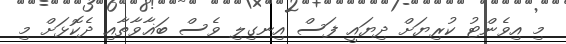
މި އިވެންޓު ކުރިޔަށް ދިޔައީ ފަސް އިނގިލި ވެސް ބަޣާވާތާއި ދެކޮޅަށް މި